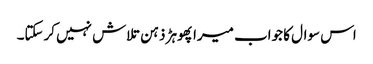
اس سوال کا جواب میرا پھوہڑ ذہن تلاش نہیں کرسکتا۔